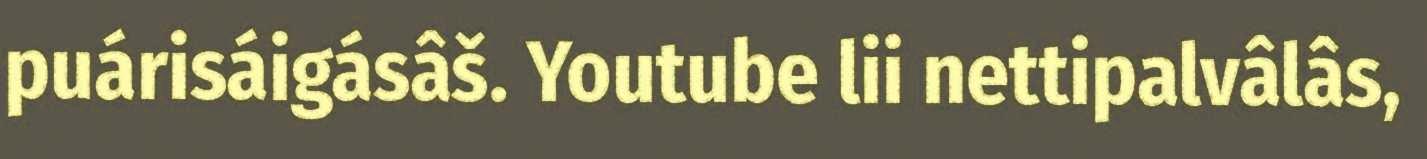
puárisáigásâš. Youtube lii nettipalvâlâs,